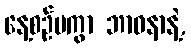
နေ့စဉ်မကွာ ဘာဝနာနဲ့,